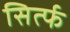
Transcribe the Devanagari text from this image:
सिर्त्फ